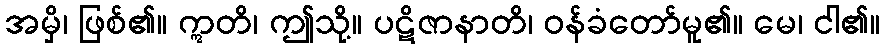
အမှိ၊ ဖြစ်၏။ ဣတိ၊ ဤသို့။ ပဋိဇာနာတိ၊ ဝန်ခံတော်မူ၏။ မေ၊ ငါ၏။